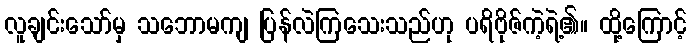
လူချင်းသော်မှ သဘောမကျ ပြန်လဲကြသေးသည်ဟု ပရိဗိုဇ်ကဲ့ရဲ့၏။ ထို့ကြောင့်